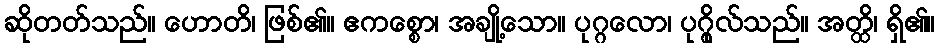
ဆိုတတ်သည်။ ဟောတိ၊ ဖြစ်၏။ ဧကစ္စော၊ အချို့သော။ ပုဂ္ဂလော၊ ပုဂ္ဂိုလ်သည်။ အတ္ထိ၊ ရှိ၏။